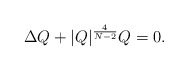
\begin{align*}\Delta Q + |Q|^{\frac{4}{N-2}} Q = 0.\end{align*}